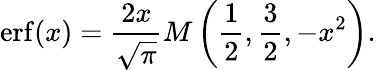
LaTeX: \operatorname{erf}(x)={\frac{2x}{\sqrt{\pi}}}M\left({\frac{1}{2}},{\frac{3}{2}},-x^{2}\right).